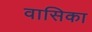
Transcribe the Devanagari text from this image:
वासिका